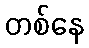
တစ်နေ